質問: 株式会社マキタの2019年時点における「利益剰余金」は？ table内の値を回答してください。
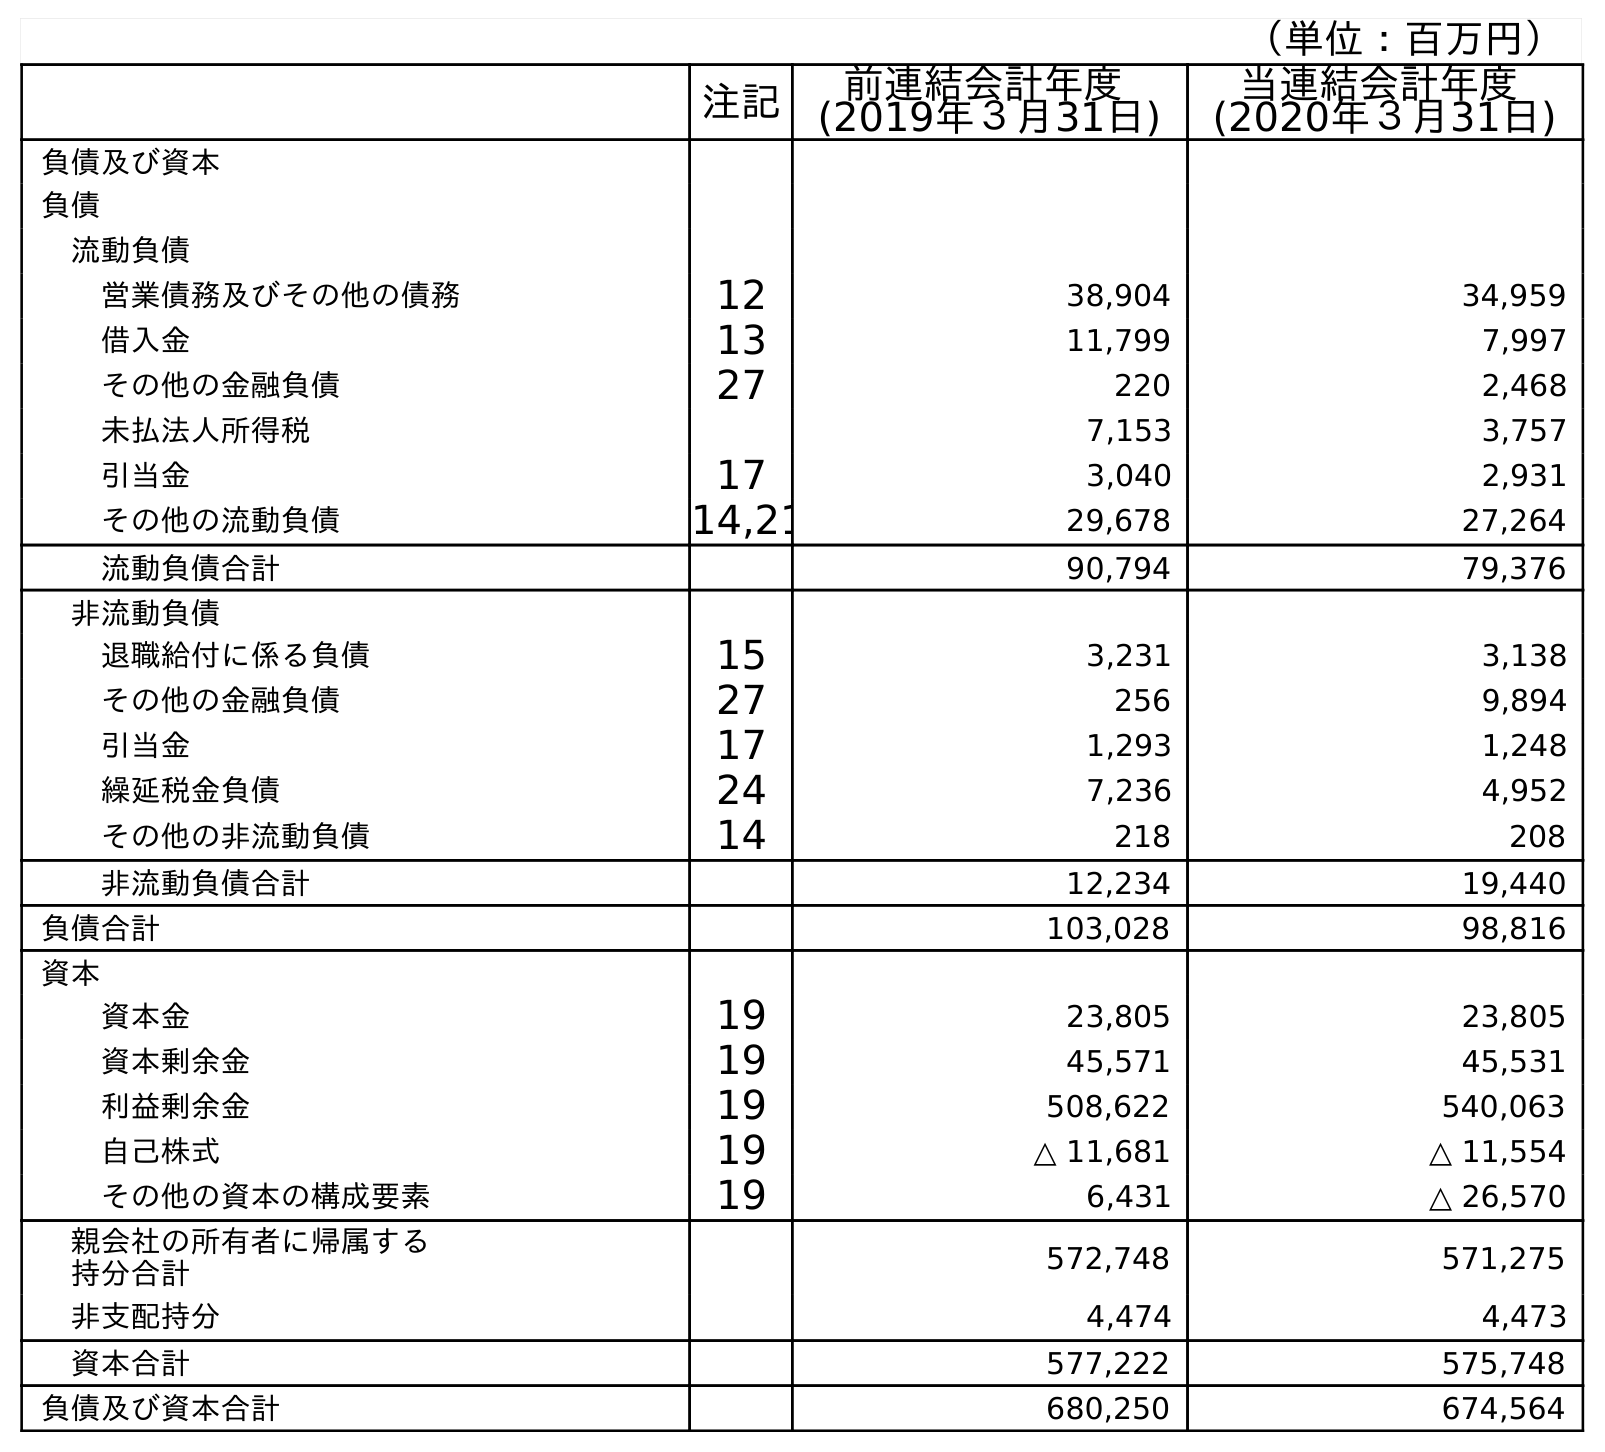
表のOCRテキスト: （単位：百万円） 注記 前連結会計年度 (2019年３月31日) 当連結会計年度 (2020年３月31日) 負債及び資本 負債 流動負債 営業債務及びその他の債務 12 38,904 34,959 借入金 13 11,799 7,997 その他の金融負債 27 220 2,468 未払法人所得税 7,153 3,757 引当金 17 3,040 2,931 その他の流動負債 14,21 29,678 27,264 流動負債合計 90,794 79,376 非流動負債 退職給付に係る負債 15 3,231 3,138 その他の金融負債 27 256 9,894 引当金 17 1,293 1,248 繰延税金負債 24 7,236 4,952 その他の非流動負債 14 218 208 非流動負債合計 12,234 19,440 負債合計 103,028 98,816 資本 資本金 19 23,805 23,805 資本剰余金 19 45,571 45,531 利益剰余金 19 508,622 540,063 自己株式 19 △ 11,681 △ 11,554 その他の資本の構成要素 19 6,431 △ 26,570 親会社の所有者に帰属する 持分合計 572,748 571,275 非支配持分 4,474 4,473 資本合計 577,222 575,748 負債及び資本合計 680,250 674,564
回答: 508,622